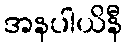
အနပါယိနီ